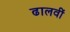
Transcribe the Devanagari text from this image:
ढालवीं